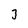
Character: 3